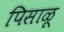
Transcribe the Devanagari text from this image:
पिसाळू